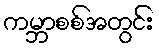
ကမ္ဘာစစ်အတွင်း